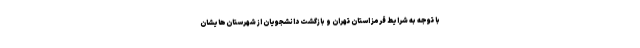
با توجه به شرایط قرمز استان تهران و بازگشت دانشجویان از شهرستان‌هایشان